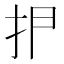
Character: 𰓋